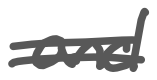
Text: and
Cross-out: double-line
Writing tool: digital_gray